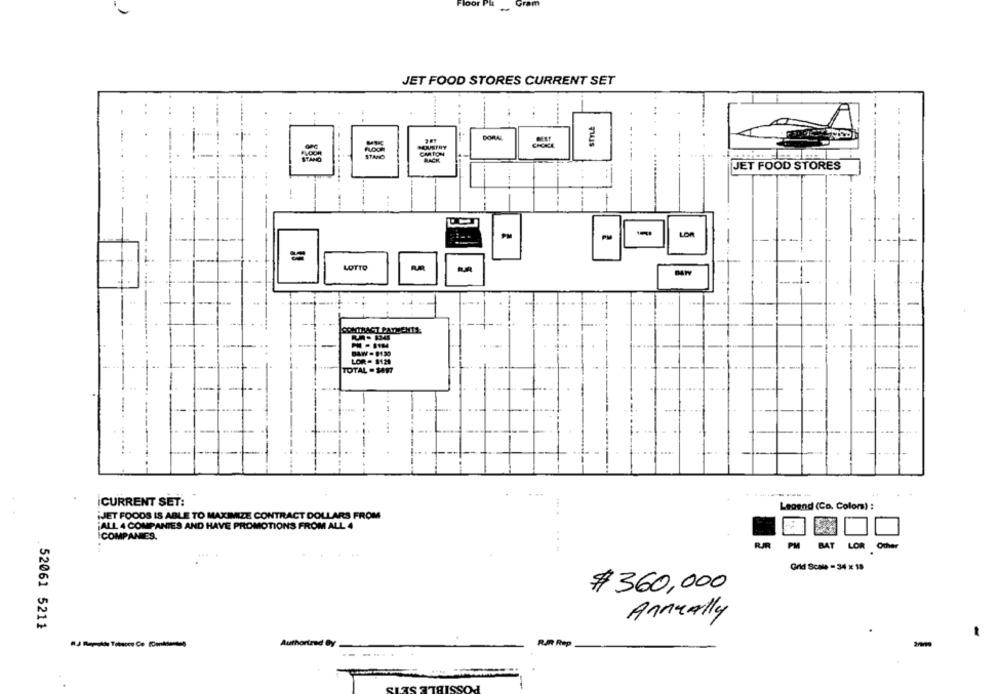
-
Gram
JET FOOD STORES CURRENT SET
STYLE
DORAL
-
FLOOR
STANO
JET FOOD STORES
LOR
=
LOTTO
ROMINACH PAYMENTS:
...
LOR - $120
TOTAL . SA17
--
İCURRENT SET:
Leoend (Co. Colom) :
iJET FOODS IS ABLE TO MAXIMIZE CONTRACT DOLLARS FROM
¡ALL 4 COMPANIES AND HAVE PROMOTIONS FROM ALL 4
COMPANIES.
RJR
PM
BAT
LOR Oder
Grid Scale - 34 x 18
$ 360,000
Annually
52061 5211
Authorized By
R.A Rep